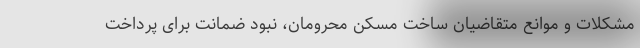
مشکلات و موانع متقاضیان ساخت مسکن محرومان، نبود ضمانت برای پرداخت